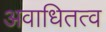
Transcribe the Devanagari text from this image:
अवाधितत्व